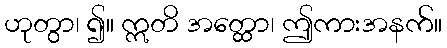
ဟုတွာ၊ ၍။ ဣတိ အတ္ထော၊ ဤကားအနက်။